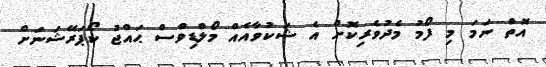
އޮތް ނަމަ މި ފޯމު މެދުވެރިކޮށް އެ ޝަކުވާއެއް މޯލްޑިވްސް ޙައްޖު ކޯޕަރޭޝަނަށް